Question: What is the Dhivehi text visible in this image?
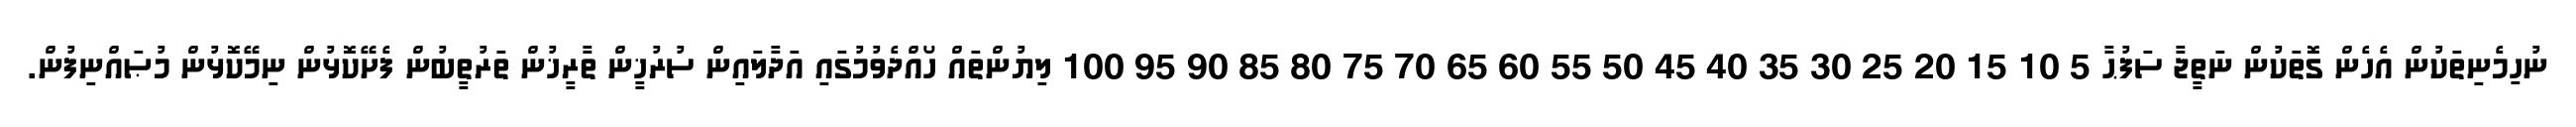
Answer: ނުހިމެނިތަކުން އެހެން ގޮތަކުން ނަތީޖާ ސަފުޙާ 5 10 15 20 25 30 35 40 45 50 55 60 65 70 75 80 85 90 95 100 ލިޔުންތައް ހޯއްދެވުމުގައި އަދާލައިން ސުރުޚީން ތާރީޚުން ތަރުތީބުން ފެށޭކޮޅުން ނިމޭކޮޅުން މުޞައްނިފުން.